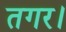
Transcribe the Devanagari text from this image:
तगर।